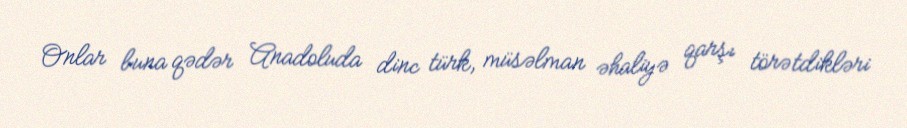
Onlar buna qədər Anadoluda dinc türk, müsəlman əhaliyə qarşı törətdikləri